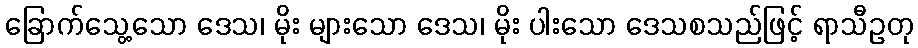
ခြောက်သွေ့သော ဒေသ၊ မိုး များသော ဒေသ၊ မိုး ပါးသော ဒေသစသည်ဖြင့် ရာသီဥတု